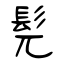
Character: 髡